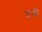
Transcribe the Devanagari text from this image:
यसै